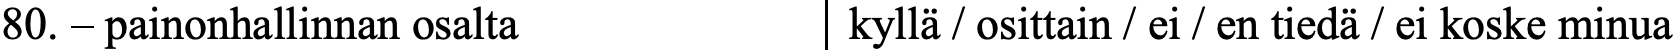
80. – painonhallinnan osalta kyllä / osittain / ei / en tiedä / ei koske minua